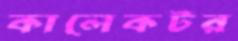
কালেকটর